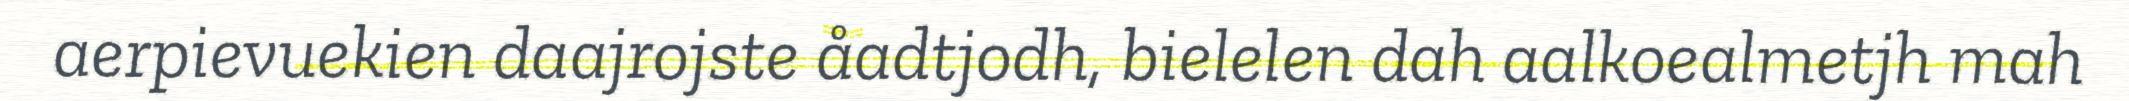
aerpievuekien daajrojste åadtjodh, bielelen dah aalkoealmetjh mah